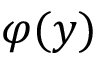
\varphi ( y )